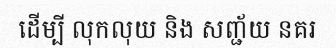
ដើម្បី លុកលុយ និង សញ្ជ័យ នគរ